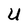
Character: U